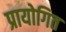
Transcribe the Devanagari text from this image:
प्रायोगित